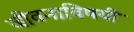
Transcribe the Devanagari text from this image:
जीवनाविषयी